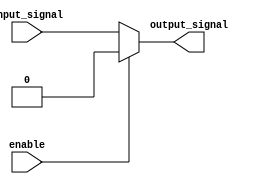
module active_low_buffer (
    input wire enable,
    input wire input_signal,
    output reg output_signal
);

always @* begin
    if (enable == 0)
        output_signal = input_signal;
    else
        output_signal = 0; // logic low value
end

endmodule